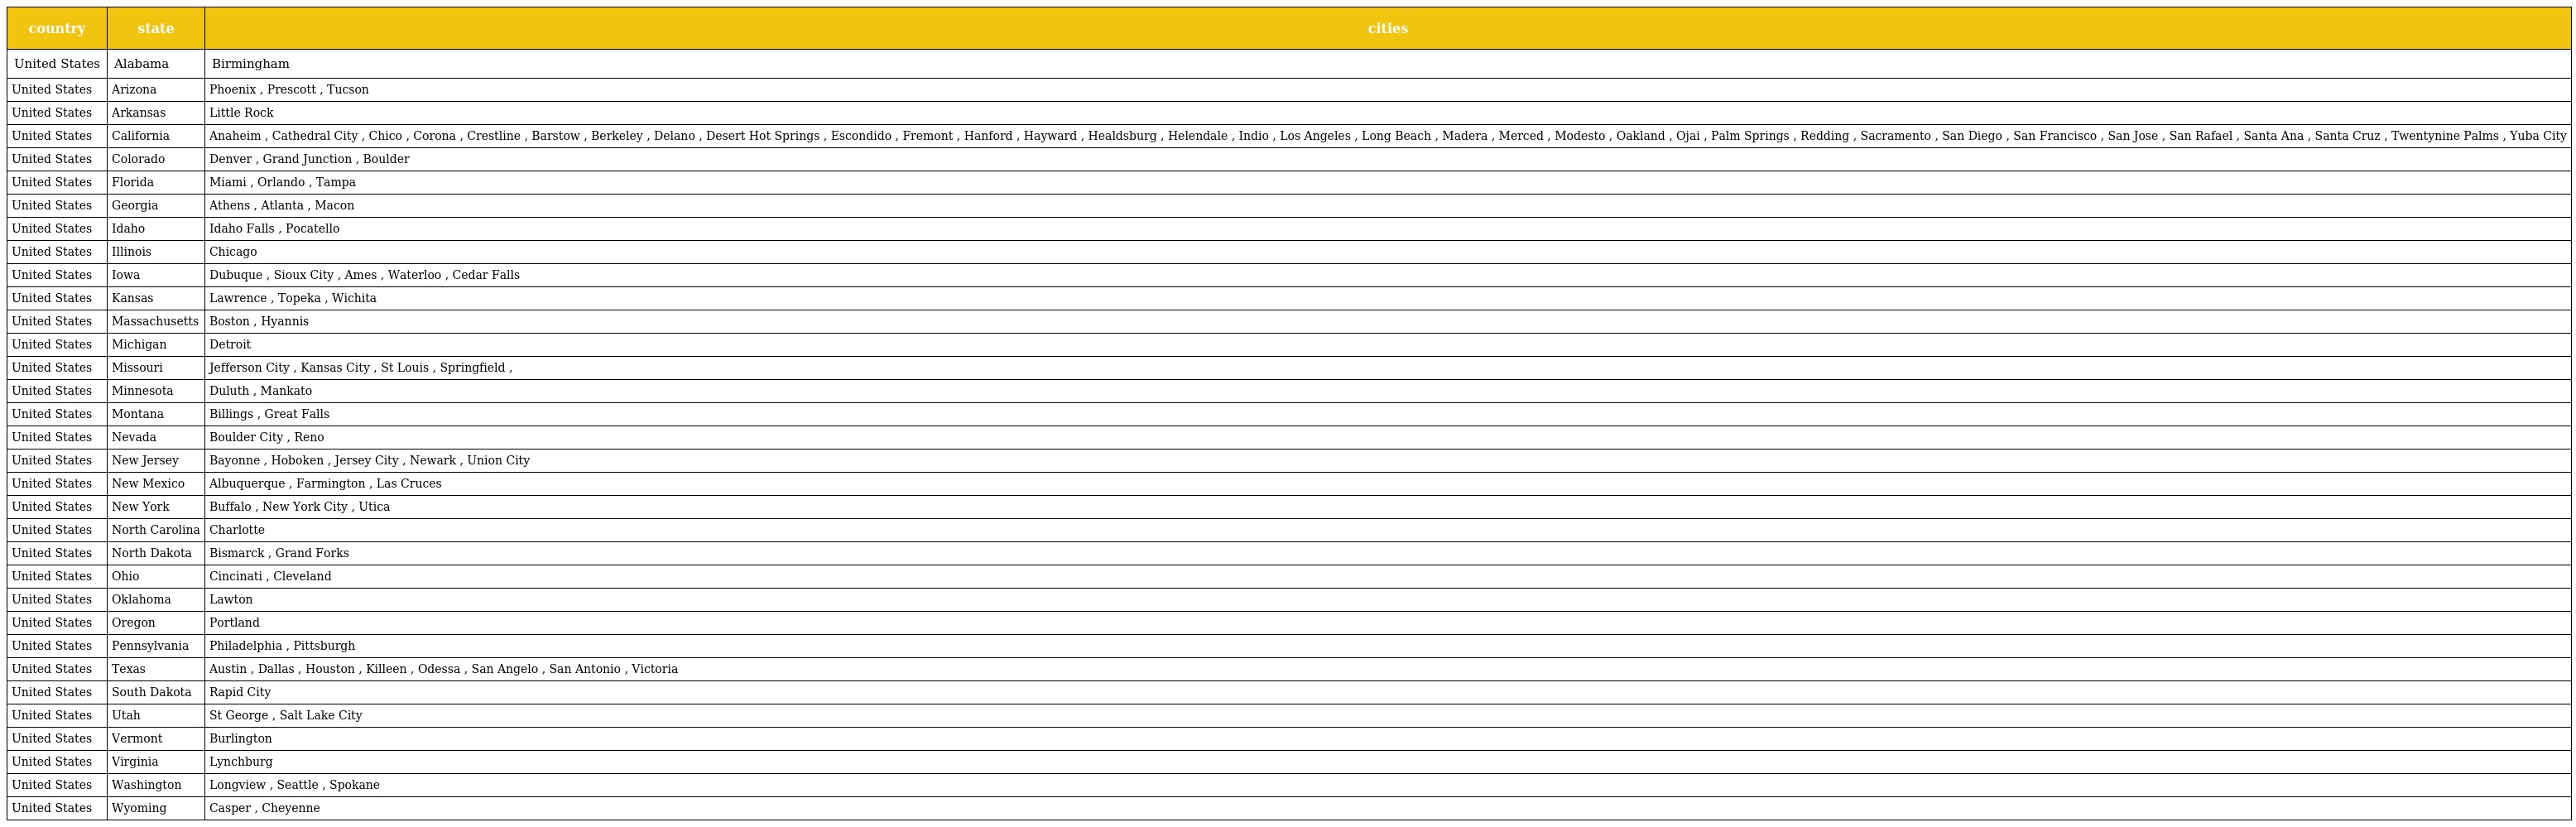
| country | state | cities |
 | --- | --- | --- |
 | United States | Alabama | Birmingham |
 | United States | Arizona | Phoenix , Prescott , Tucson |
 | United States | Arkansas | Little Rock |
 | United States | California | Anaheim , Cathedral City , Chico , Corona , Crestline , Barstow , Berkeley , Delano , Desert Hot Springs , Escondido , Fremont , Hanford , Hayward , Healdsburg , Helendale , Indio , Los Angeles , Long Beach , Madera , Merced , Modesto , Oakland , Ojai , Palm Springs , Redding , Sacramento , San Diego , San Francisco , San Jose , San Rafael , Santa Ana , Santa Cruz , Twentynine Palms , Yuba City |
 | United States | Colorado | Denver , Grand Junction , Boulder |
 | United States | Florida | Miami , Orlando , Tampa |
 | United States | Georgia | Athens , Atlanta , Macon |
 | United States | Idaho | Idaho Falls , Pocatello |
 | United States | Illinois | Chicago |
 | United States | Iowa | Dubuque , Sioux City , Ames , Waterloo , Cedar Falls |
 | United States | Kansas | Lawrence , Topeka , Wichita |
 | United States | Massachusetts | Boston , Hyannis |
 | United States | Michigan | Detroit |
 | United States | Missouri | Jefferson City , Kansas City , St Louis , Springfield , |
 | United States | Minnesota | Duluth , Mankato |
 | United States | Montana | Billings , Great Falls |
 | United States | Nevada | Boulder City , Reno |
 | United States | New Jersey | Bayonne , Hoboken , Jersey City , Newark , Union City |
 | United States | New Mexico | Albuquerque , Farmington , Las Cruces |
 | United States | New York | Buffalo , New York City , Utica |
 | United States | North Carolina | Charlotte |
 | United States | North Dakota | Bismarck , Grand Forks |
 | United States | Ohio | Cincinati , Cleveland |
 | United States | Oklahoma | Lawton |
 | United States | Oregon | Portland |
 | United States | Pennsylvania | Philadelphia , Pittsburgh |
 | United States | Texas | Austin , Dallas , Houston , Killeen , Odessa , San Angelo , San Antonio , Victoria |
 | United States | South Dakota | Rapid City |
 | United States | Utah | St George , Salt Lake City |
 | United States | Vermont | Burlington |
 | United States | Virginia | Lynchburg |
 | United States | Washington | Longview , Seattle , Spokane |
 | United States | Wyoming | Casper , Cheyenne |